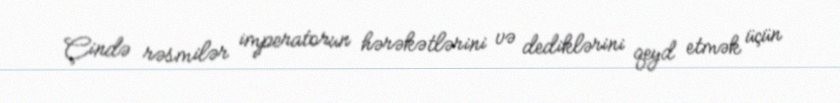
Çində rəsmilər imperatorun hərəkətlərini və dediklərini qeyd etmək üçün